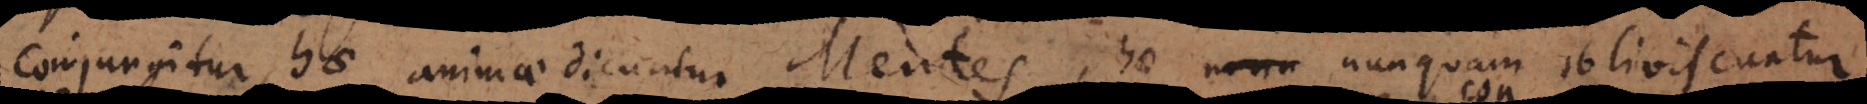
conjungitur, hae animae dicuntur Mentes, hae nonn nunquam obliviscuntur